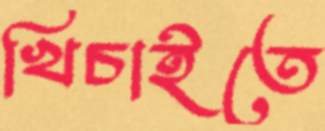
খিচাইতে